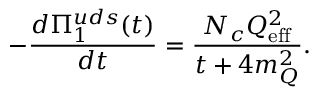
- \frac { d \Pi _ { 1 } ^ { u d s } ( t ) } { d t } = \frac { N _ { c } Q _ { \mathrm { e f f } } ^ { 2 } } { t + 4 m _ { Q } ^ { 2 } } .